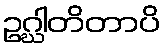
ဥဂ္ဃါတိတာပိ